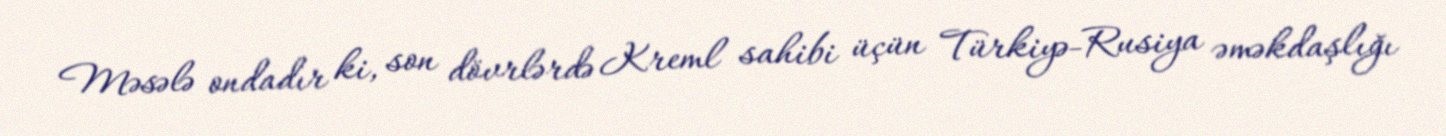
Məsələ ondadır ki, son dövrlərdə Kreml sahibi üçün Türkiyə-Rusiya əməkdaşlığı